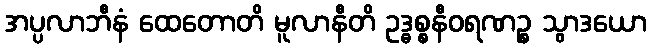
အပ္ပလာဘီနံ ထေတောတိ မူလာနီတိ ဥဒ္ဓစ္စနီဝရဏဉ္စ သွာဒယော